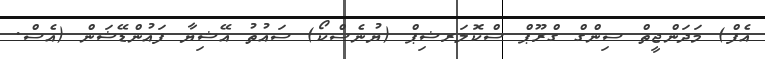
އެފް) މަދަންޖީތް ސިންގް ގްރޫޕް ސްކޮލަރޝިޕް (ޔުނެސްކޯ) ސައުތު އޭޝިޔާ ފައުންޑޭޝަން (އެސް.